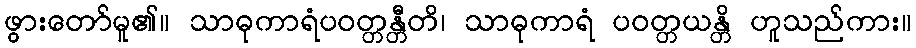
ဖွားတော်မူ၏။ သာဓုကာရံပဝတ္တန္တီတိ၊ သာဓုကာရံ ပဝတ္တယန္တိ ဟူသည်ကား။